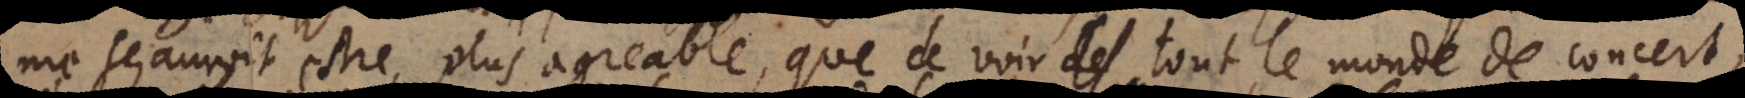
me sçauroit estre plus agreable, que de voir tout le monde de concert,